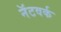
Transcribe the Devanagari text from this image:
नॅटवर्क